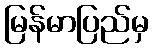
မြန်မာပြည်မှ